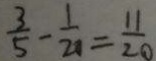
\frac { 3 } { 5 } - \frac { 1 } { 2 0 } = \frac { 1 1 } { 2 0 }